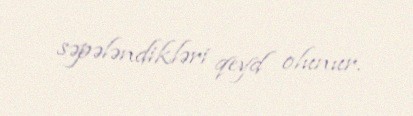
səpələndikləri qeyd olunur.